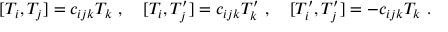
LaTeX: [ T _ { i } , T _ { j } ] = c _ { i j k } T _ { k } \ , \quad [ T _ { i } , T _ { j } ^ { \prime } ] = c _ { i j k } T _ { k } ^ { \prime } \ , \quad [ T _ { i } ^ { \prime } , T _ { j } ^ { \prime } ] = - c _ { i j k } T _ { k } \ .